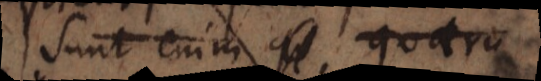
Sunt enim quae